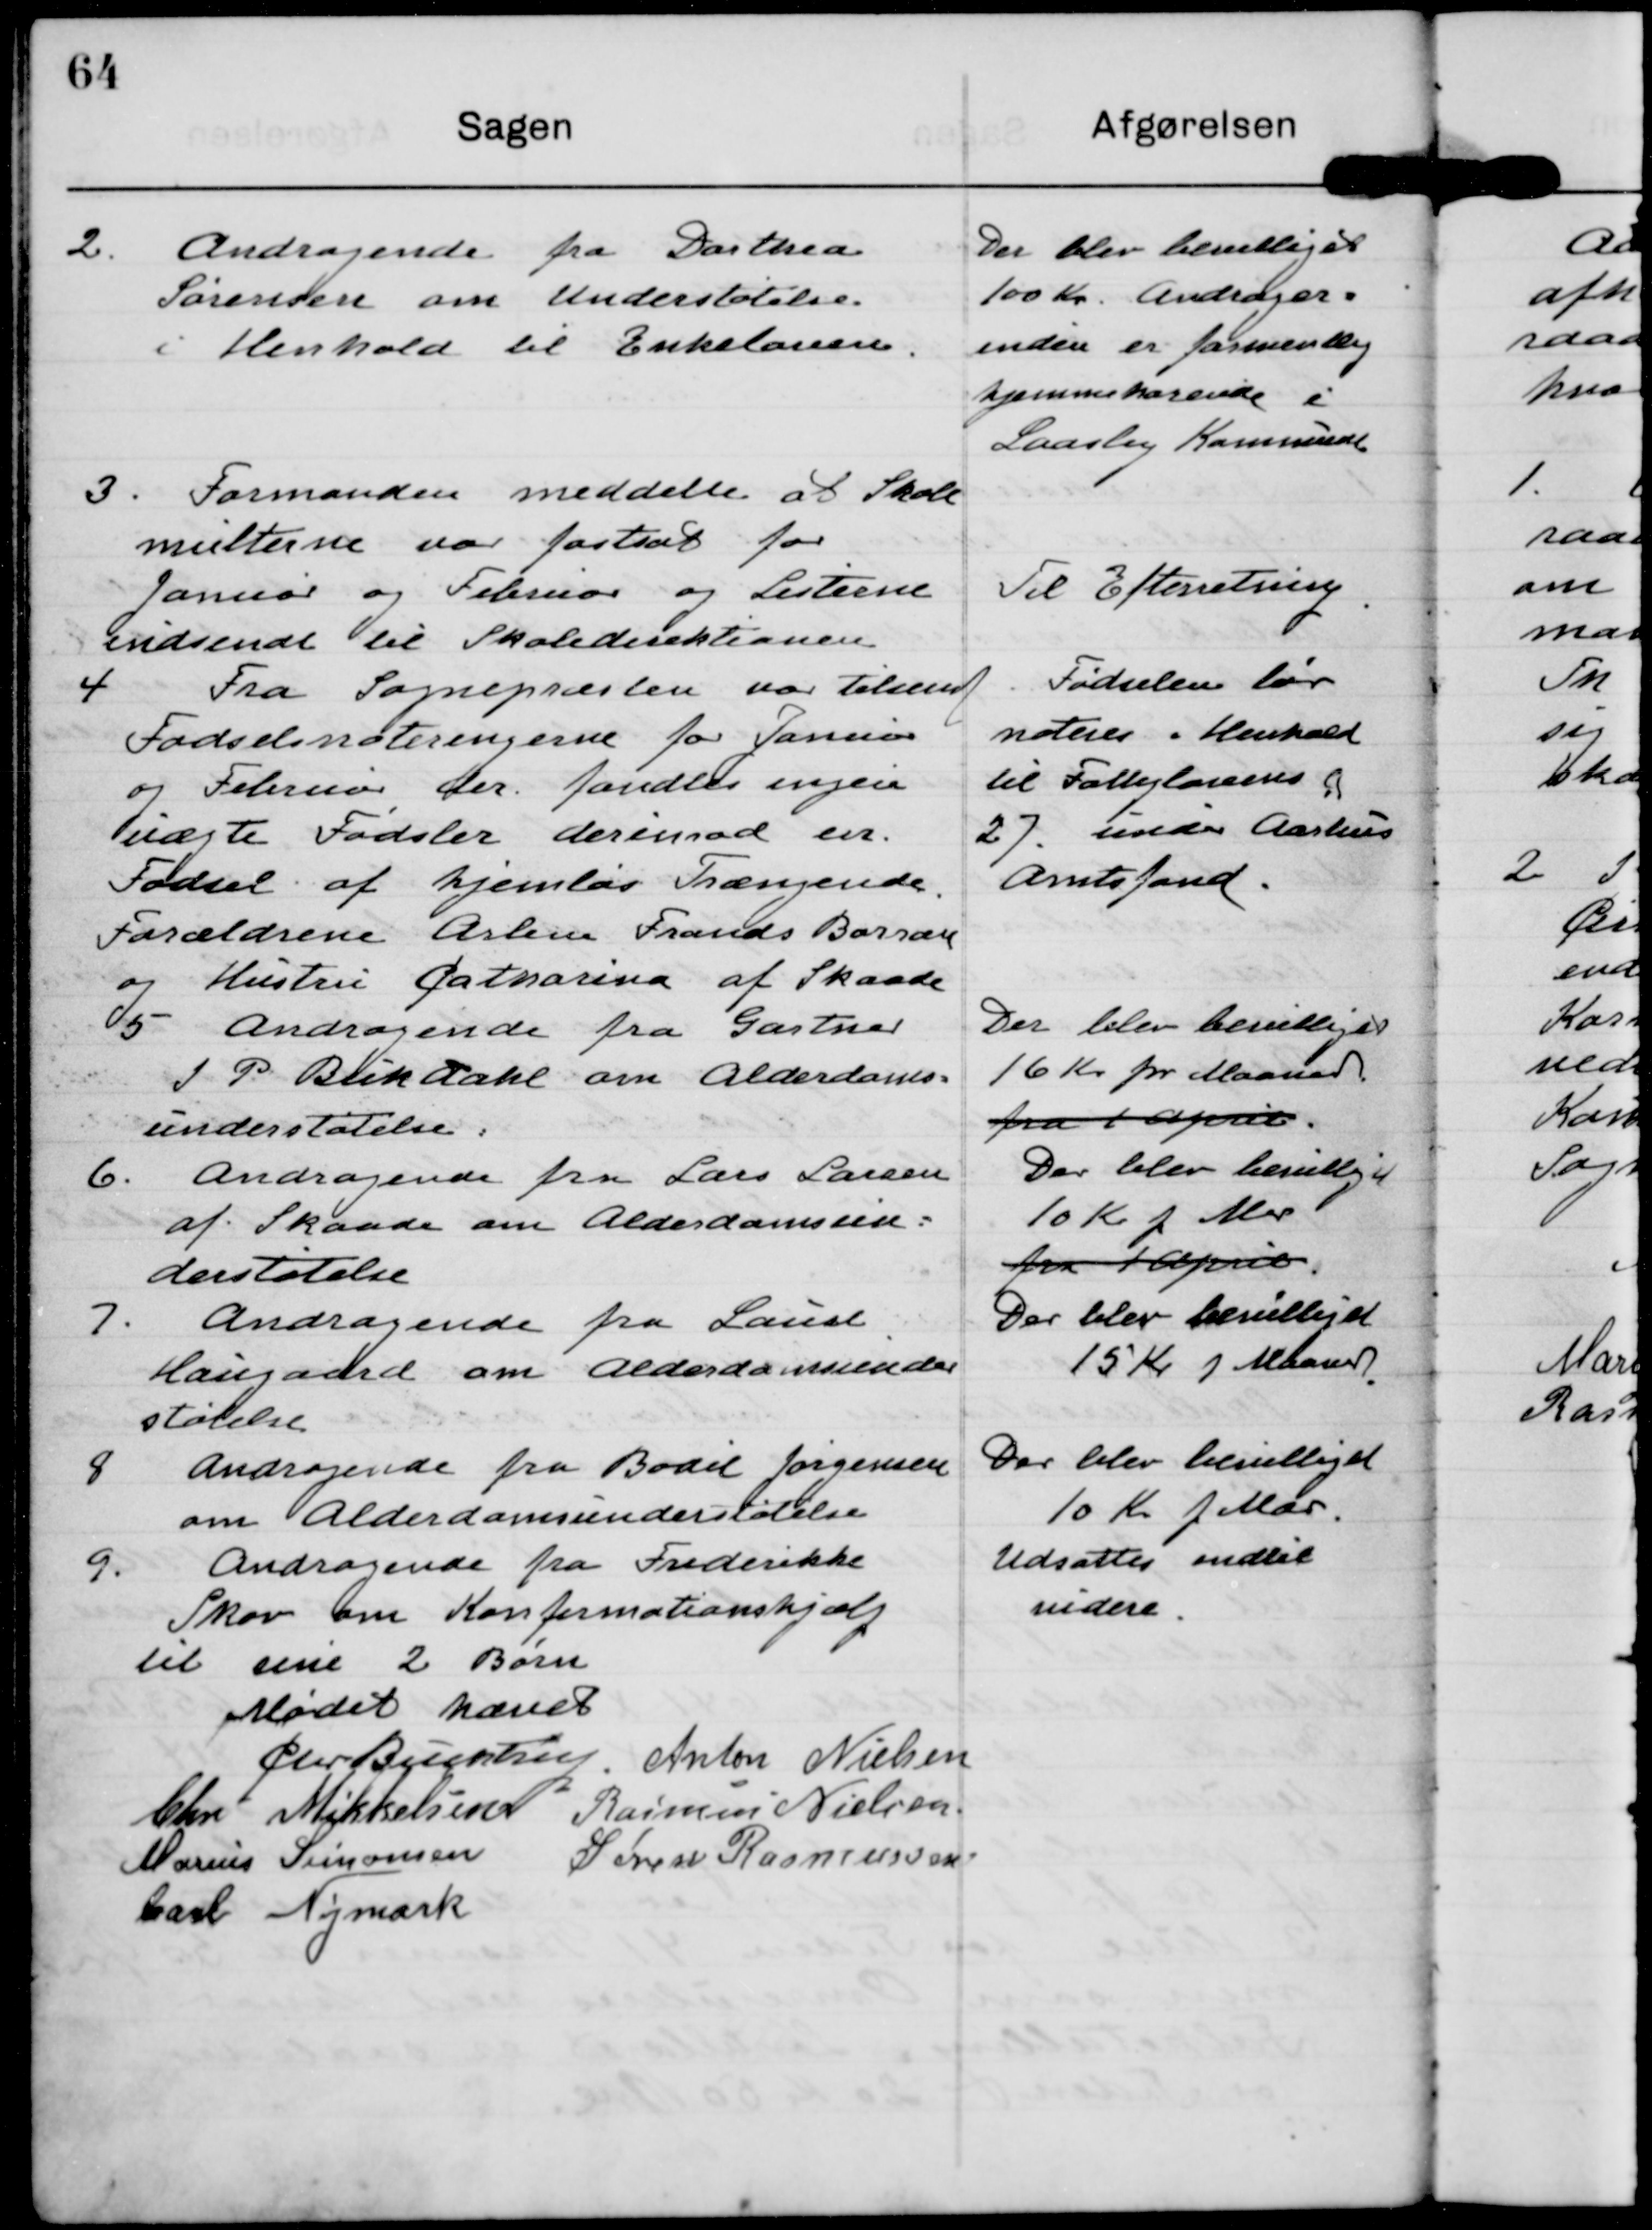
Transskription:
2. Andragende fra Dorthea
Sørensen om Understøtelse
i Henhold til Enkeloven

Der blev bevilliget
100 Kr. Andrager-
inden er formentlig
hjemmehørende i
Laasby Kommune

3. Formanden meddelte at Skole
multerne var fastsat for
Januar og Februar og Listerne
indsendt til Skoledirektionen.

Til Efterretning

4 Fra Sognepræsten var tilsendt
Fødselsnoteringerne for Januar
og Februar der fandtes ingen
uægte Fødsler derimod en
Fødsel af hjemløs Trængende
Forældrene Arbm Frands Borran
og Hustru Catharina af Skaade

Fødselen bør
noteres i henhold
til Fattiglovens §
27 under Aarhus
Amtfond

5 Andragende fra Gartner
J P Blikdahl om Alderdoms-
understøtelse.

Der blev bevilliget
16 Kr pr Maaned
fra 1 April.

6. Andragende fra Lars Larsen
af Skaade om Alderdomsun-
derstøtelse

Der blev bevilliget
10 Kr p Mdr
fra 1 April.

7. Andragende fra Laust
Haugaard om Alderdomsunder
støtelse

Der blev bevilliget
15 Kr p Maaned

8 Andragende fra Bodil Jørgensen
om Alderdomsunderstøtelse

Der blev bevilliget
10 kr p Mdr

9. Andragende fra Frederikke
Skov om Konfirmationshjælp
til sine 2 Børn

Udsattes indtil
videre.

Mødet hævet

Chr Buchtrup

Anton Nielsen

Chr Mikkelsen

Rasmus Nielsen

Marius Simonsen

Søren Rasmussen

Carl Nymark